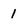
Character: 1